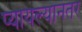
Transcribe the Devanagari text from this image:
प्यायल्यानंतर